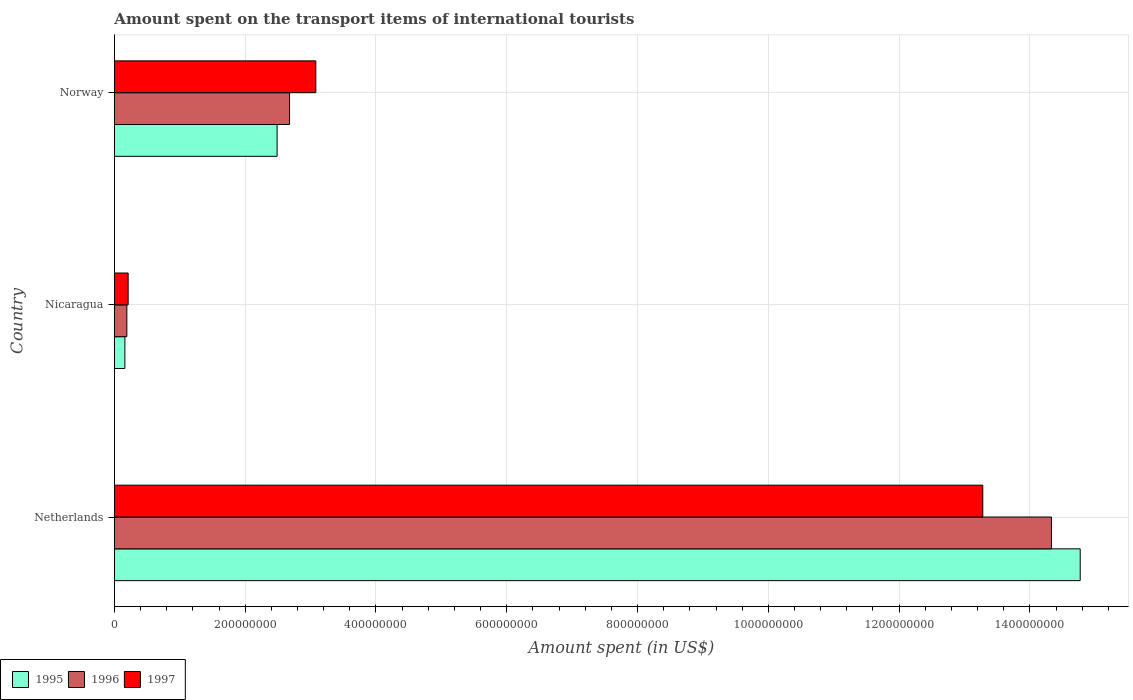
| Country | 1995 | 1996 | 1997 |
 | --- | --- | --- | --- |
 | Netherlands | 1.48e+09 | 1.43e+09 | 1.33e+09 |
 | Nicaragua | 1.6e+07 | 1.9e+07 | 2.1e+07 |
 | Norway | 2.49e+08 | 2.68e+08 | 3.08e+08 |